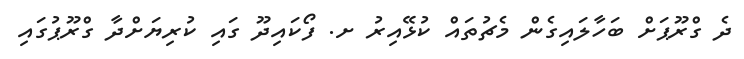
ދެ ގްރޫޕަށް ބަހާލައިގެން މެޗުތައް ކުޅޭއިރު ށ. ފޯކައިދޫ ގައި ކުރިޔަށްދާ ގްރޫޕުގައި